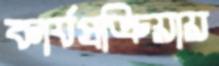
কার্যপ্রক্রিয়ায়